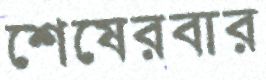
শেষেরবার